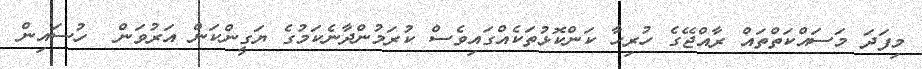
މިފަދަ މަސައްކަތްތައް ރާއްޖޭގެ ހުރިހާ ކަންކޮޅުތަކެއްގައިވެސް ކުރަމުންދާނެކަމުގެ ޔަގީންކަން އަރުވަން  ހުސައިން